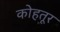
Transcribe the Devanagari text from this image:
कोहतूर